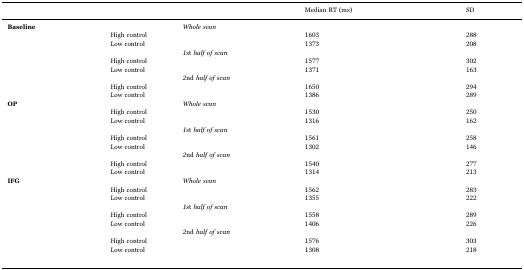
<table><thead><tr><td></td><td></td><td></td><td></td><td></td><td><b>Median RT (ms)</b></td><td></td><td></td><td><b>SD</b></td><td></td></tr></thead><tbody><tr><td><b>Baseline</b></td><td></td><td></td><td><i>Whole scan</i></td><td></td><td></td><td></td><td></td><td></td><td></td></tr><tr><td></td><td></td><td>High control</td><td></td><td></td><td>1603</td><td></td><td></td><td>288</td><td></td></tr><tr><td></td><td></td><td>Low control</td><td></td><td></td><td>1373</td><td></td><td></td><td>208</td><td></td></tr><tr><td></td><td></td><td></td><td><i>1</i>st <i>half of scan</i></td><td></td><td></td><td></td><td></td><td></td><td></td></tr><tr><td></td><td></td><td>High control</td><td></td><td></td><td>1577</td><td></td><td></td><td>302</td><td></td></tr><tr><td></td><td></td><td>Low control</td><td></td><td></td><td>1371</td><td></td><td></td><td>163</td><td></td></tr><tr><td></td><td></td><td></td><td><i>2</i>nd <i>half of scan</i></td><td></td><td></td><td></td><td></td><td></td><td></td></tr><tr><td></td><td></td><td>High control</td><td></td><td></td><td>1650</td><td></td><td></td><td>294</td><td></td></tr><tr><td></td><td></td><td>Low control</td><td></td><td></td><td>1386</td><td></td><td></td><td>289</td><td></td></tr><tr><td><b>OP</b></td><td></td><td></td><td><i>Whole scan</i></td><td></td><td></td><td></td><td></td><td></td><td></td></tr><tr><td></td><td></td><td>High control</td><td></td><td></td><td>1530</td><td></td><td></td><td>250</td><td></td></tr><tr><td></td><td></td><td>Low control</td><td></td><td></td><td>1316</td><td></td><td></td><td>162</td><td></td></tr><tr><td></td><td></td><td></td><td><i>1</i>st <i>half of scan</i></td><td></td><td></td><td></td><td></td><td></td><td></td></tr><tr><td></td><td></td><td>High control</td><td></td><td></td><td>1561</td><td></td><td></td><td>258</td><td></td></tr><tr><td></td><td></td><td>Low control</td><td></td><td></td><td>1302</td><td></td><td></td><td>146</td><td></td></tr><tr><td></td><td></td><td></td><td><i>2</i>nd <i>half of scan</i></td><td></td><td></td><td></td><td></td><td></td><td></td></tr><tr><td></td><td></td><td>High control</td><td></td><td></td><td>1540</td><td></td><td></td><td>277</td><td></td></tr><tr><td></td><td></td><td>Low control</td><td></td><td></td><td>1314</td><td></td><td></td><td>213</td><td></td></tr><tr><td><b>IFG</b></td><td></td><td></td><td><i>Whole scan</i></td><td></td><td></td><td></td><td></td><td></td><td></td></tr><tr><td></td><td></td><td>High control</td><td></td><td></td><td>1562</td><td></td><td></td><td>283</td><td></td></tr><tr><td></td><td></td><td>Low control</td><td></td><td></td><td>1355</td><td></td><td></td><td>222</td><td></td></tr><tr><td></td><td></td><td></td><td><i>1</i>st <i>half of scan</i></td><td></td><td></td><td></td><td></td><td></td><td></td></tr><tr><td></td><td></td><td>High control</td><td></td><td></td><td>1558</td><td></td><td></td><td>289</td><td></td></tr><tr><td></td><td></td><td>Low control</td><td></td><td></td><td>1406</td><td></td><td></td><td>226</td><td></td></tr><tr><td></td><td></td><td></td><td><i>2</i>nd <i>half of scan</i></td><td></td><td></td><td></td><td></td><td></td><td></td></tr><tr><td></td><td></td><td>High control</td><td></td><td></td><td>1576</td><td></td><td></td><td>303</td><td></td></tr><tr><td></td><td></td><td>Low control</td><td></td><td></td><td>1308</td><td></td><td></td><td>218</td><td></td></tr></tbody></table>